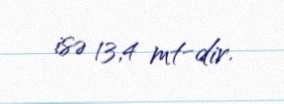
isə 13,4 mt-dir.